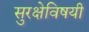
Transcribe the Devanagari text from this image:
सुरक्षेविषयी